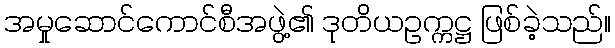
အမှုဆောင်ကောင်စီအဖွဲ့၏ ဒုတိယဥက္ကဋ္ဌ ဖြစ်ခဲ့သည်။